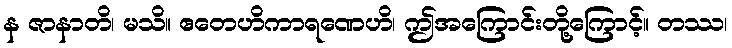
န ဇာနာတိ၊ မသိ။ ဧတေဟိကာရဏေဟိ၊ ဤအကြောင်းတို့ကြောင့်။ တဿ၊